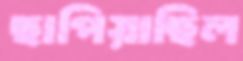
ছাপিয়াছিল